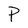
Character: P